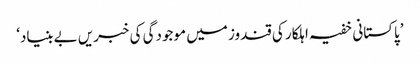
’پاکستانی خفیہ اہلکار کی قندوز میں موجودگی کی خبریں بےبنیاد‘